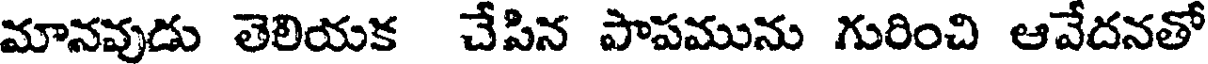
మానవుడు తెలియక చేపిన పాపమును గురించి ఆవేదనతో